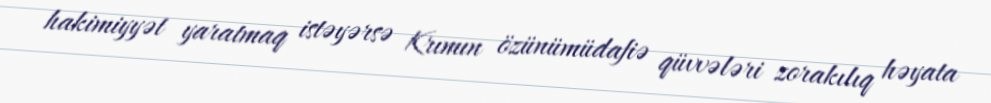
hakimiyyət yaratmaq istəyərsə Krımın özünümüdafiə qüvvələri zorakılıq həyata